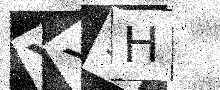
Text: YX9H